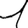
Digit: 1